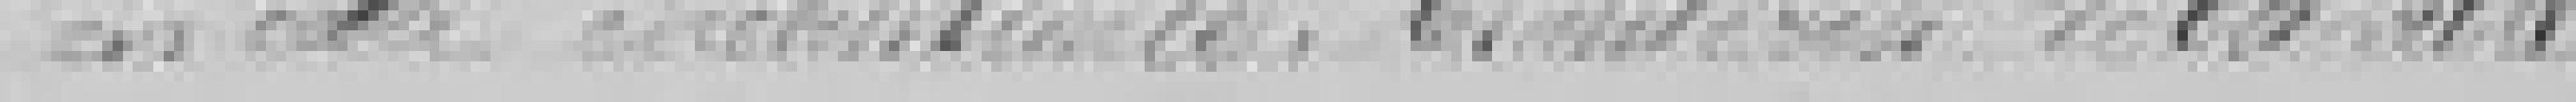
en cette circonstance dans les intérêts de la Ville.